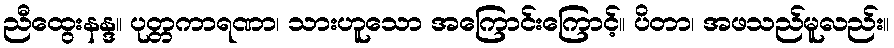
ညီထွေးနန္ဒ။ ပုတ္တကာရဏာ၊ သားဟူသော အကြောင်းကြောင့်။ ပိတာ၊ အဖသည်မူလည်း။